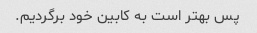
پس بهتر است به کابین خود برگردیم.